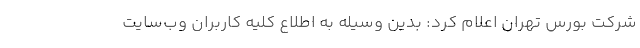
شرکت بورس تهران اعلام کرد: بدین وسیله به اطلاع کلیه کاربران وب‌سایت